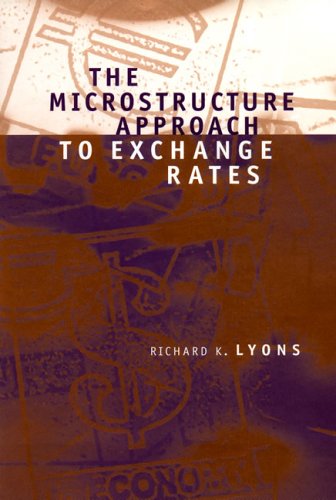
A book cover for The Microstructure Approach to Exchange Rates; Richard K. Lyons; Business & Money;